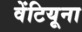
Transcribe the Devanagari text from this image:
वेंटियूना